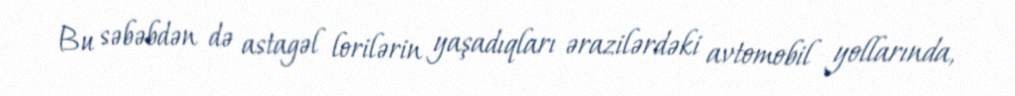
Bu səbəbdən də astagəl lorilərin yaşadıqları ərazilərdəki avtomobil yollarında,